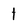
Character: 1